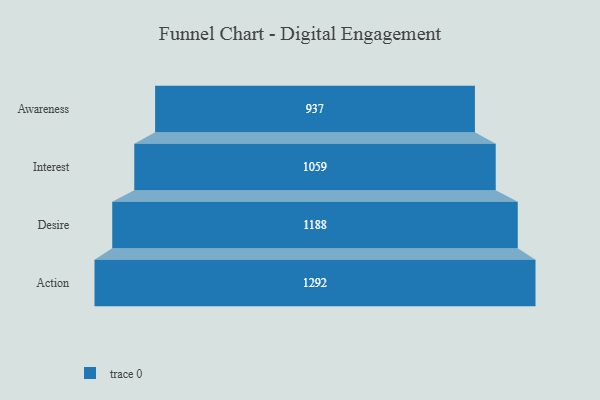
{"axis": {"x": "Stage", "y": "Value"}, "legend": [""], "data": [{"x": "Awareness", "y": 937.0, "type": ""}, {"x": "Interest", "y": 1059.0, "type": ""}, {"x": "Desire", "y": 1188.0, "type": ""}, {"x": "Action", "y": 1292.0, "type": ""}]}